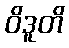
ဝိဒူတိ